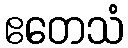
ဧတေသံ